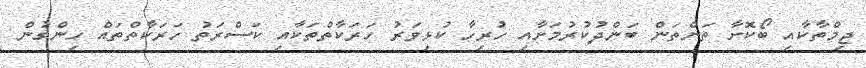
ޖިމްތާކާއި ބޯކޮށާ ތަންތަން ބަންދުކުރުމަށާއި ހުރިހާ ކުޅިވަރު ހަރަކާތްތަކާއި ކަސްރަތު ހަރަކާތްތައް ހިންގުން